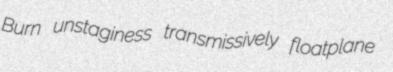
Burn unstaginess transmissively floatplane